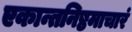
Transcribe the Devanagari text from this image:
एकान्तनिष्ठमाचारं